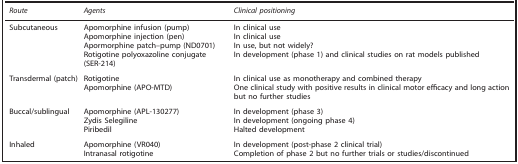
| Route | Agents | Clinical positioning |
 | --- | --- | --- |
 | Subcutaneous | Apomorphine infusion (pump) | In clinical use |
 |  | Apomorphine injection (pen) | In clinical use |
 |  | Apormorphine patch–pump (ND0701) | In use, but not widely? |
 |  | Rotigotine polyoxazoline conjugate (SER-214) | In development (phase 1) and clinical studies on rat models published |
 | Transdermal (patch) | Rotigotine | In clinical use as monotherapy and combined therapy |
 |  | Apomorphine (APO-MTD) | One clinical study with positive results in clinical motor efficacy and long action but no further studies |
 | Buccal/sublingual | Apomorphine (APL-130277) | In development (phase 3) |
 |  | Zydis Selegiline | In development (ongoing phase 4) |
 |  | Piribedil | Halted development |
 | Inhaled | Apomorphine (VR040) | In development (post-phase 2 clinical trial) |
 |  | Intranasal rotigotine | Completion of phase 2 but no further trials or studies/discontinued |